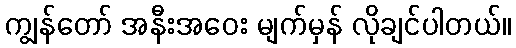
ကျွန်တော် အနီးအဝေး မျက်မှန် လိုချင်ပါတယ်။